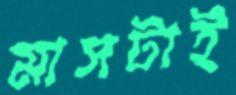
মাসটাই